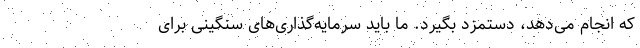
که انجام می‌دهد، دستمزد بگیرد. ما باید سرمایه‌گذاری‌های سنگینی برای